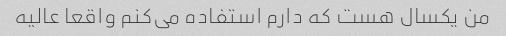
من یکسال هست که دارم استفاده می‌کنم واقعا عالیه